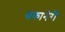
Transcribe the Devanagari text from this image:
संकानेरी